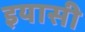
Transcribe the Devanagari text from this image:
इयासी